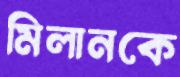
মিলানকে